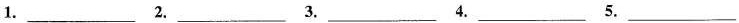
1. ___ 2.___ 3.___ 4.___ 5.___